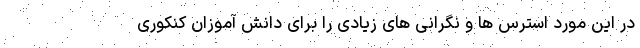
در این مورد استرس ها و نگرانی های زیادی را برای دانش آموزان کنکوری